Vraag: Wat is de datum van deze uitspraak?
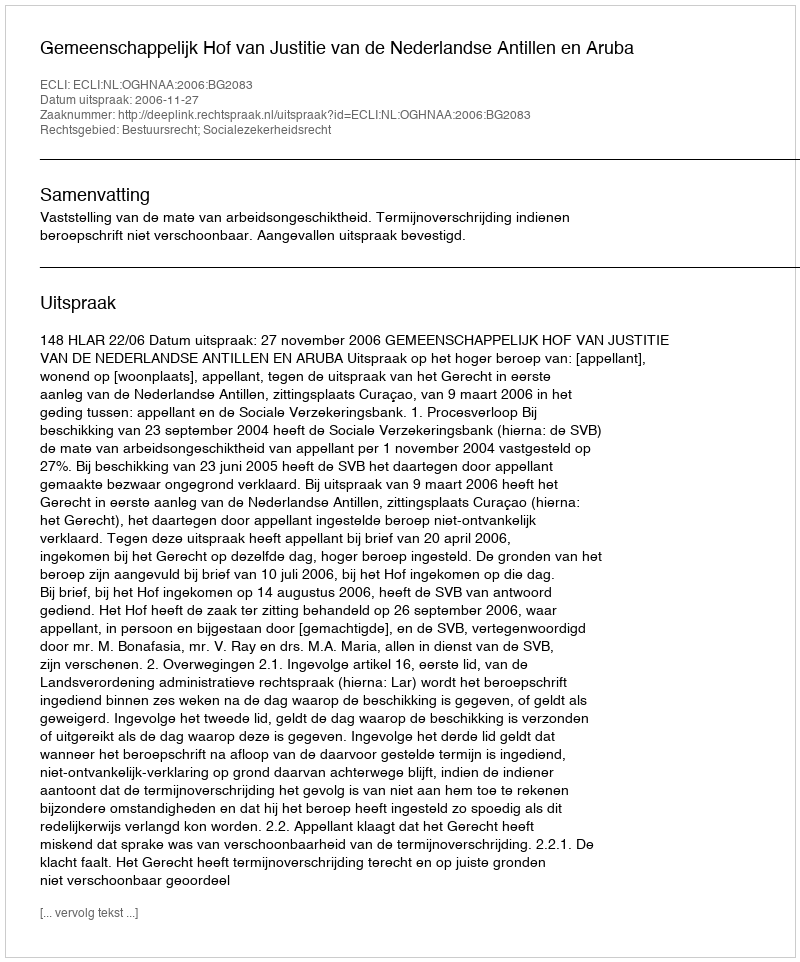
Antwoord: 2006-11-27